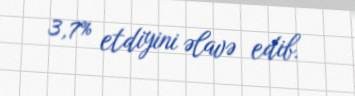
3,7% etdiyini əlavə edib.